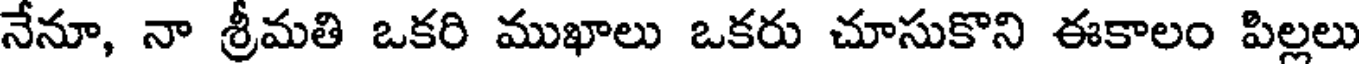
నేనూ, నా శ్రీమతి ఒకరి ముఖాలు ఒకరు చూసుకొని ఈకాలం పిల్లలు